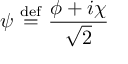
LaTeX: \psi \ { \stackrel { \mathrm { d e f } } { = } } \ { \frac { \phi + i \chi } { \sqrt { 2 } } }